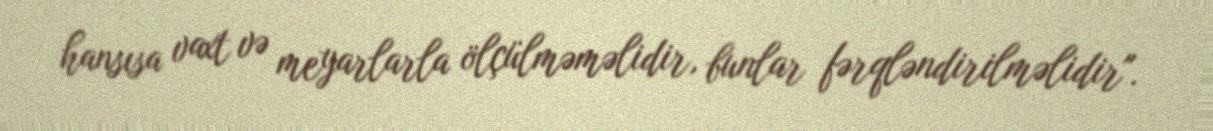
hansısa vaxt və meyarlarla ölçülməməlidir, bunlar fərqləndirilməlidir".